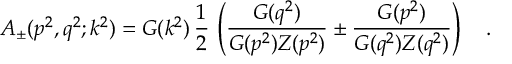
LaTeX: A _ { \pm } ( p ^ { 2 } , q ^ { 2 } ; k ^ { 2 } ) = G ( k ^ { 2 } ) \, \frac { 1 } { 2 } \, \left( \frac { G ( q ^ { 2 } ) } { G ( p ^ { 2 } ) Z ( p ^ { 2 } ) } \pm \frac { G ( p ^ { 2 } ) } { G ( q ^ { 2 } ) Z ( q ^ { 2 } ) } \right) \quad .